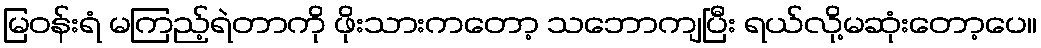
မြဝန်းရံ မကြည့်ရဲတာကို ဖိုးသားကတော့ သဘောကျပြီး ရယ်လို့မဆုံးတော့ပေ။